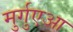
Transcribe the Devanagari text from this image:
मुर्गुएआ